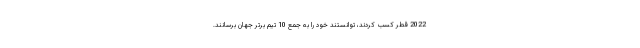
2022 قطر کسب کردند، توانستند خود را به جمع 10 تیم برتر جهان برسانند.